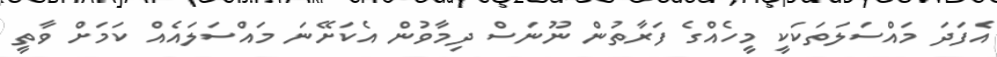
އެފަދަ މައްސަލަތަކަކީ މީހެއްގެ ފަރާތުން ނޫނަސް ދިމާވުން އެކަށޭނަ މައްސަލައެއް ކަމަށް ވާތީ